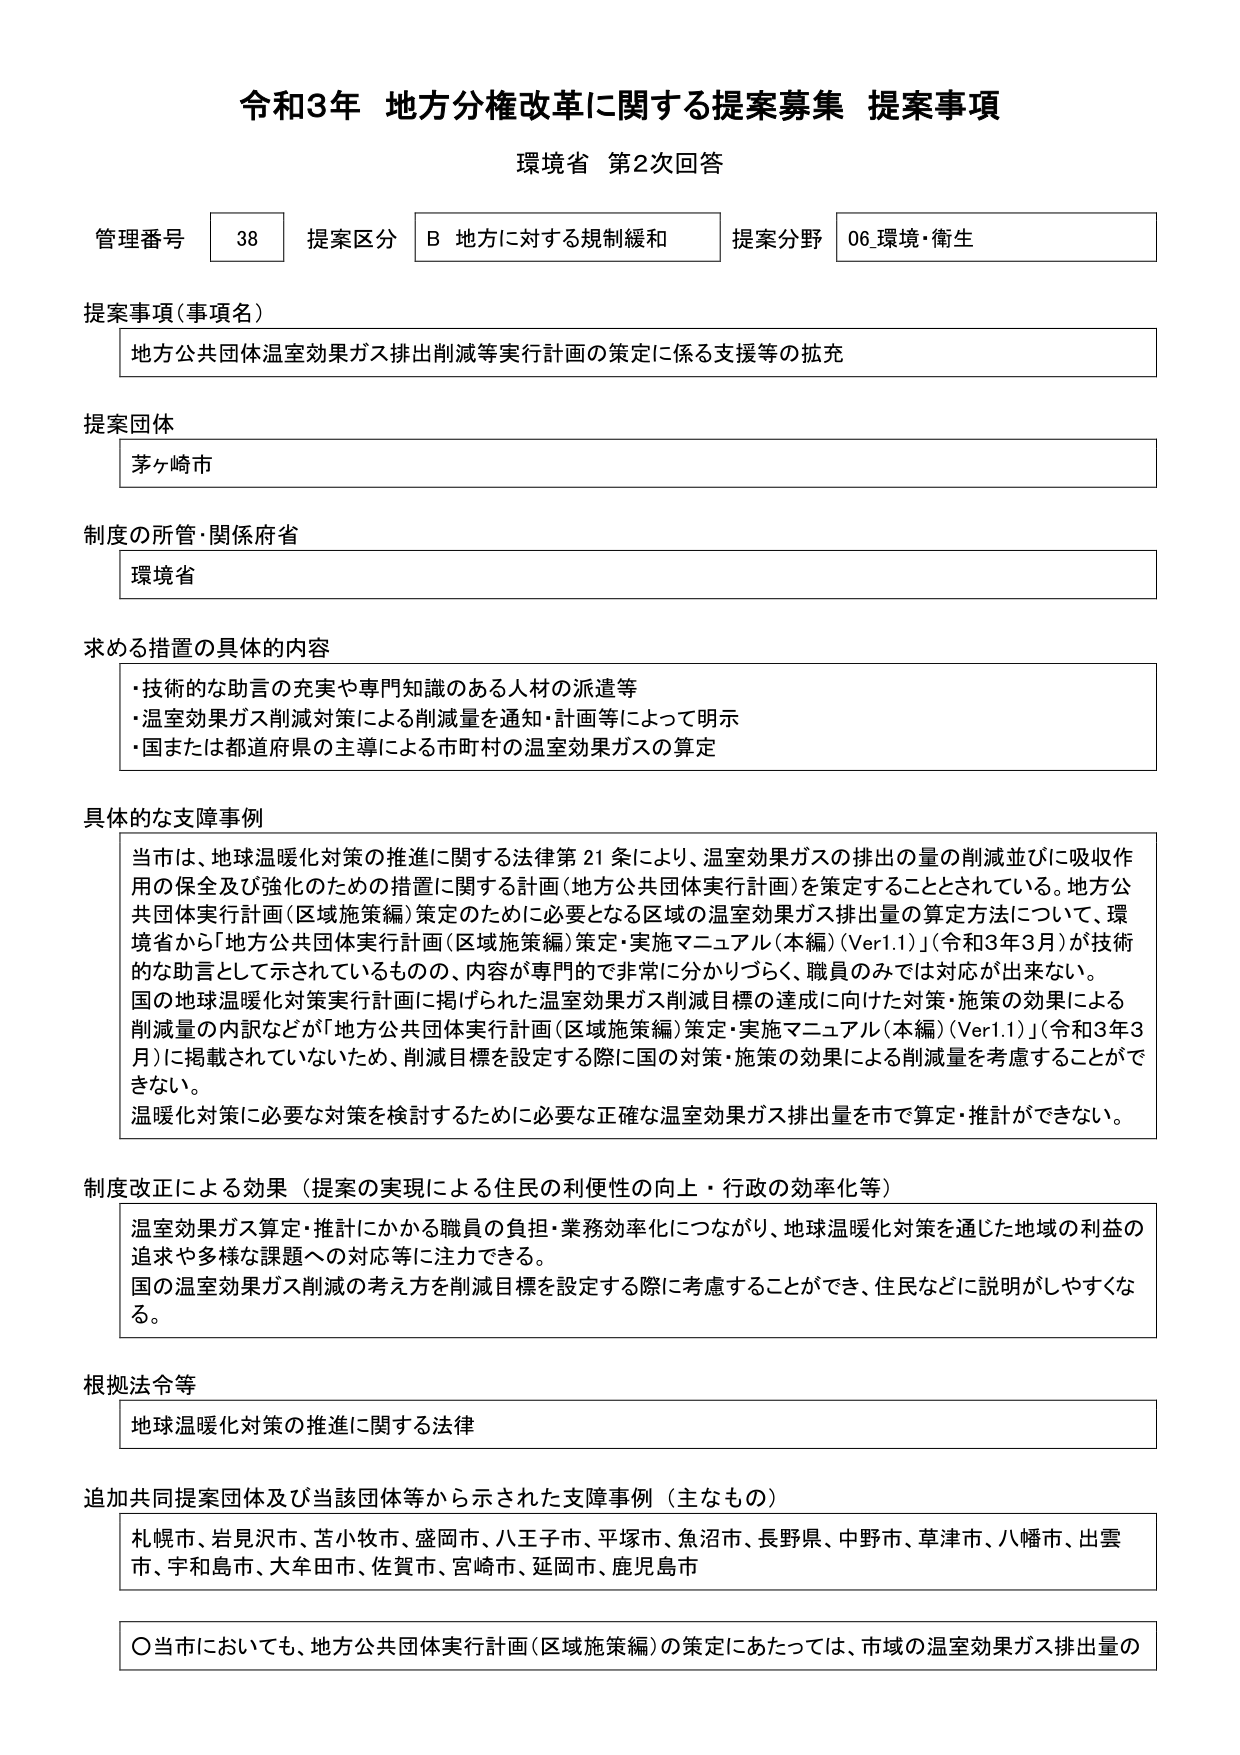
令和3年 地方分権改革に関する提案募集 提案事項
環境省 第2次回答

管理番号 38 提案区分 B 地方に対する規制緩和 提案分野 06 環境・衛生

提案事項（事項名）
地方公共団体温室効果ガス排出削減等実行計画の策定に係る支援等の拡充

提案団体
茅ヶ崎市

制度の所管・関係府省
環境省

求める措置の具体的内容
・技術的な助言の充実や専門知識のある人材の派遣等
・温室効果ガス削減対策による削減量を通知・計画等によって明示
・国または都道府県の主導による市町村の温室効果ガスの算定

具体的な支障事例
当市は、地球温暖化対策の推進に関する法律第21条により、温室効果ガスの排出の量の削減並びに吸収作用の保全及び強化のための措置に関する計画（地方公共団体実行計画）を策定することとされている。地方公共団体実行計画（区域施策編）策定のために必要となる区域の温室効果ガス排出量の算定方法について、環境省から「地方公共団体実行計画（区域施策編）策定・実施マニュアル（本編）（Ver1.1）」（令和3年3月）が技術的な助言として示されているものの、内容が専門的で非常に分かりづらく、職員のみでは対応が出来ない。
国の地球温暖化対策実行計画に掲げられた温室効果ガス削減目標の達成に向けた対策・施策の効果による削減量の内訳などが「地方公共団体実行計画（区域施策編）策定・実施マニュアル（本編）（Ver1.1）」（令和3年3月）に掲載されていないため、削減目標を設定する際に国の対策・施策の効果による削減量を考慮することができない。
温暖化対策に必要な対策を検討するために必要な正確な温室効果ガス排出量を市で算定・推計ができない。

制度改正による効果（提案の実現による住民の利便性の向上・行政の効率化等）
温室効果ガス算定・推計にかかる職員の負担・業務効率化につながり、地球温暖化対策を通じた地域の利益の追求や多様な課題への対応等に注力できる。
国の温室効果ガス削減の考え方を削減目標を設定する際に考慮することができ、住民などに説明がしやすくなる。

根拠法令等
地球温暖化対策の推進に関する法律

追加共同提案団体及び当該団体等から示された支障事例（主なもの）
札幌市、岩見沢市、苫小牧市、盛岡市、八王子市、平塚市、魚沼市、長野県、中野市、草津市、八幡市、出雲市、宇和島市、大牟田市、佐賀市、宮崎市、延岡市、鹿児島市

〇当市においても、地方公共団体実行計画（区域施策編）の策定にあたっては、市域の温室効果ガス排出量の